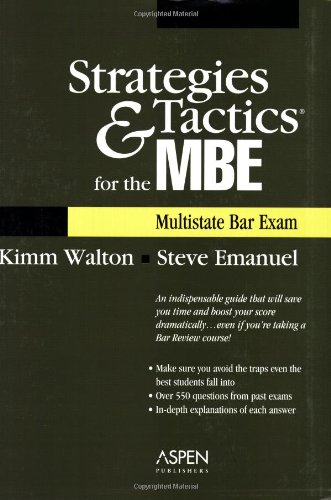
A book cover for Strategies & Tactics for the MBE (Multistate Bar Exam); Steven Emanuel; Test Preparation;